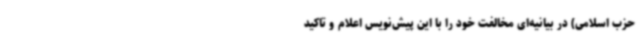
حزب اسلامی) در بیانیه‌ای مخالفت خود را با این پیش‌نویس اعلام و تاکید